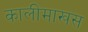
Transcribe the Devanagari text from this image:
कालीमाखस